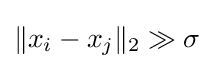
\|x_{i}-x_{j}\|_{2}\gg \sigma